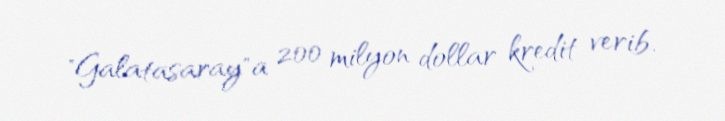
"Galatasaray"a 200 milyon dollar kredit verib.